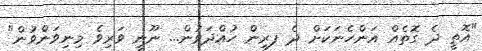
"އޮތީ ދެ ގޮތެއް އަންހެނަކަށް ދެ ފރިން ހުއްދަވުން... ނޫނީ ވަރިވެ މިނިވަންވުން"